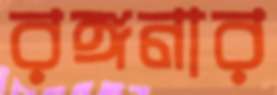
রঙ্গনার